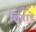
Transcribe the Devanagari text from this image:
शिंगाडे